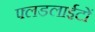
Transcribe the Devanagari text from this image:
फ्लडलाईटों